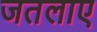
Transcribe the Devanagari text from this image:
जतलाए